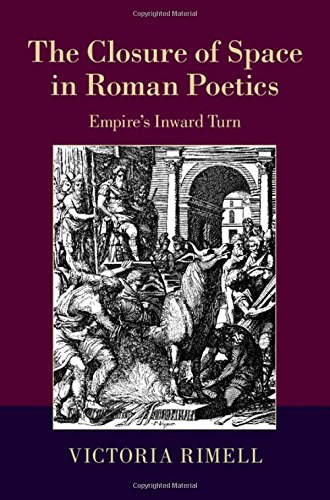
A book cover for The Closure of Space in Roman Poetics: Empire's Inward Turn (The W. B. Stanford Memorial Lectures); Victoria Rimell; Literature & Fiction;